Indian journal of veterinary science and animal husbandry - Volumes 22-23, 1952-1953
Year: 1952
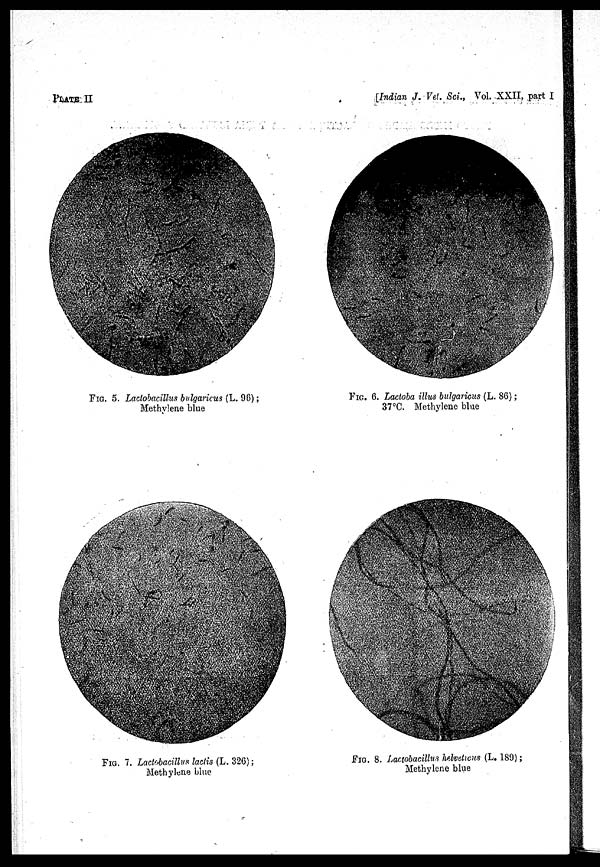
PLATE II
[Indian J. Vet. Sci., Vol. XXII, part I
FIG. 5. Lactobacillus bulgaricus (L. 96);
Methylene blue
FIG. 6. Lactobaillus bulgaricus (L. 86);
37°C. Methylene blue
FIG. 7. Lactobacillus lactis (L. 326);
Methylene blue
FIG. 8. Lactobacillus helveticus (L. 189);
Methylene blue